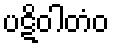
ပဋိဝါတံဝ